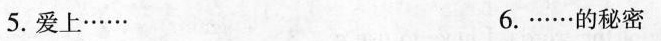
5.爱上…… 6.……的秘密